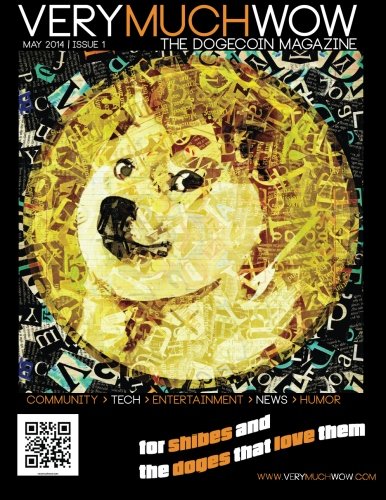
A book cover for Very Much Wow | The Dogecoin Magazine: May 2014 | Issue 1 (Volume 1); Birdie Jaworski; Computers & Technology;